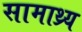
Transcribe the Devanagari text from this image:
सामाथ्र्य